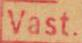
Vast.